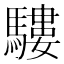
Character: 䮫